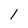
Character: 1